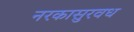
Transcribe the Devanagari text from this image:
नरकासुरवध